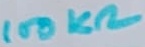
Text: 100KΩ